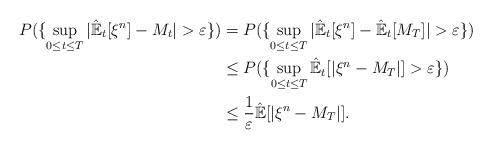
LaTeX: \begin{align*}P(\{\sup_{0\leq t\leq T}|\mathbb{\hat{E}}_{t}[\xi^{n}]-M_{t}| >\varepsilon\})& =P(\{\sup_{0\leq t\leq T}|\mathbb{\hat{E}}_{t}[\xi^{n}]-\mathbb{\hat{E}}_{t}[M_{T}]|>\varepsilon\})\\& \leq P(\{\sup_{0\leq t\leq T}\mathbb{\hat{E}}_{t}[|\xi^{n}-M_{T}|]>\varepsilon\})\\& \leq\frac{1}{\varepsilon}\mathbb{\hat{E}}[|\xi^{n}-M_{T}|].\end{align*}